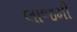
લાજમી